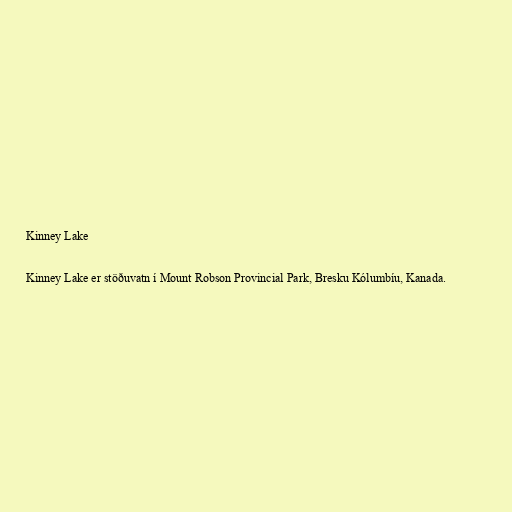
Kinney Lake

Kinney Lake er stöðuvatn í Mount Robson Provincial Park, Bresku Kólumbíu, Kanada.